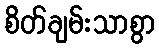
စိတ်ချမ်းသာစွာ